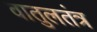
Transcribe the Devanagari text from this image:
वातुलतंत्र